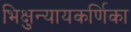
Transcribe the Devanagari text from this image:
भिक्षुन्यायकर्णिका